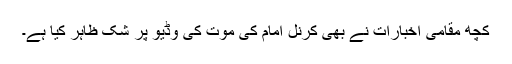
کچھ مقامی اخبارات نے بھی کرنل امام کی موت کی وڈیو پر شک ظاہر کیا ہے۔